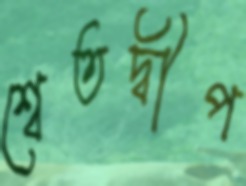
শ্বেতদ্বীপ